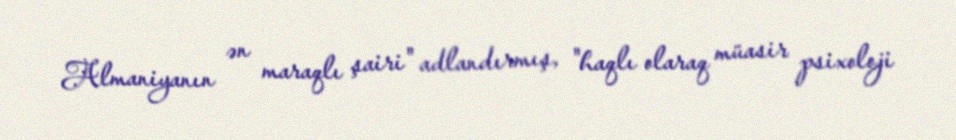
Almaniyanın ən maraqlı şairi" adlandırmış, "haqlı olaraq müasir psixoloji